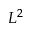
L ^ { 2 }